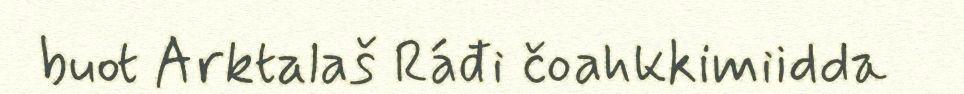
buot Arktalaš Ráđi čoahkkimiidda